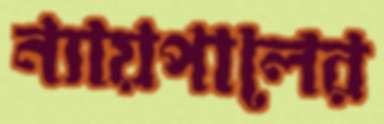
ন্যায়পালের